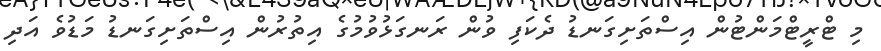
މި ޓްރީޓްމަންޓުން އިސްތަށިގަނޑު ދެކަފި ވުން ރަނގަޅުވުމުގެ އިތުރުން އިސްތަށިގަނޑު މަޑުވެ އަދި